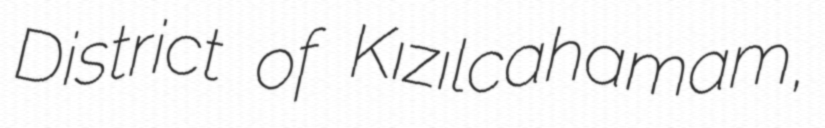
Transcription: District of Kızılcahamam,